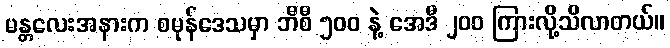
မန္တလေးအနားက စမုန်ဒေသမှာ ဘီစီ ၅ဝဝ နဲ့ အေဒီ ၂ဝဝ ကြားလို့သိလာတယ်။